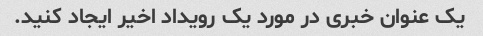
یک عنوان خبری در مورد یک رویداد اخیر ایجاد کنید.